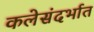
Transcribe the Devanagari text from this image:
कलेसंदर्भात